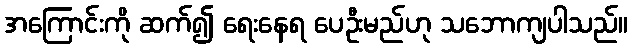
အကြောင်းကို ဆက်၍ ရေးနေရ ပေဦးမည်ဟု သဘောကျပါသည်။